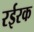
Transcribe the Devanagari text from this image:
रईरक